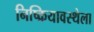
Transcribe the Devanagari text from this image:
निष्क्रियावस्थेला